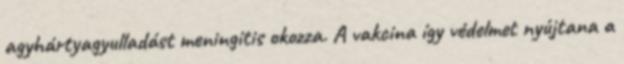
agyhártyagyulladást meningitis okozza. A vakcina így védelmet nyújtana a